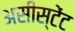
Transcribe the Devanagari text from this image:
असीस्टेंट